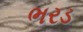
ભરડ